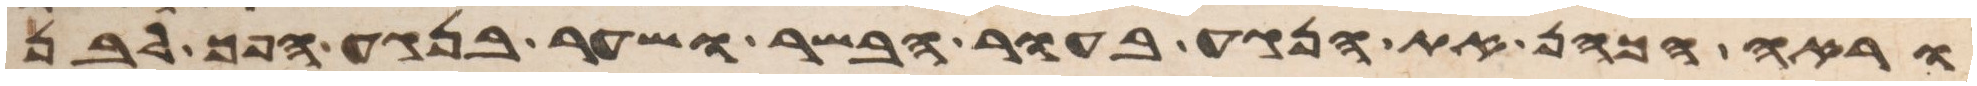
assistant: וראה הכהן את הנגע בעור הבשר ושער בנגע הפך לבן